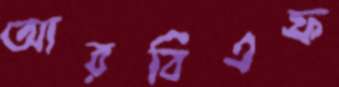
আরবিএফ